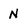
Character: N